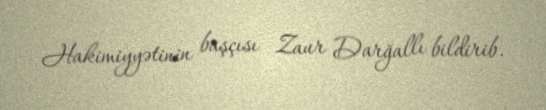
Hakimiyyətinin başçısı Zaur Darğallı bildirib.